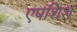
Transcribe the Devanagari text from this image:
एपशिश